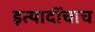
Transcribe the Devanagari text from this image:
इत्यादींचाच